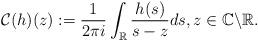
LaTeX: \begin{align*}\mathcal{C}(h)(z):=\frac{1}{2\pi i} \int_{\mathbb{R}} \frac{h(s)}{s-z} d s, z \in \mathbb{C} \backslash \mathbb{R}.\end{align*}